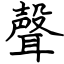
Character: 聲